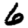
Digit: 6